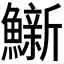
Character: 𫚀